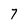
Character: 7